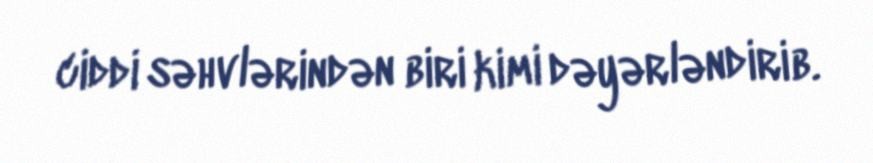
ciddi səhvlərindən biri kimi dəyərləndirib.